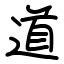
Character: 道